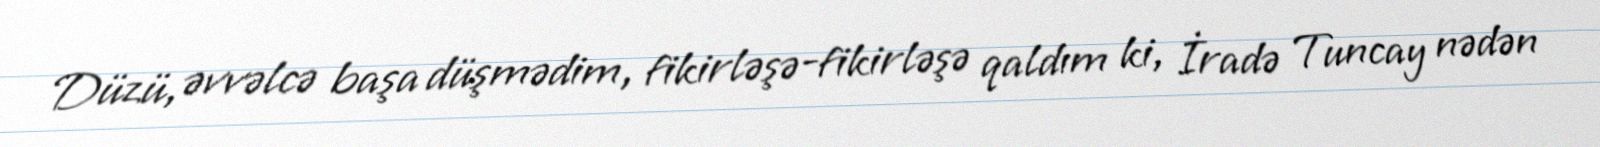
Düzü, əvvəlcə başa düşmədim, fikirləşə-fikirləşə qaldım ki, İradə Tuncay nədən